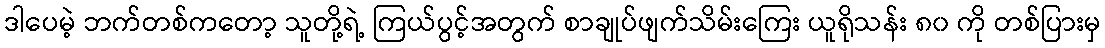
ဒါပေမဲ့ ဘက်တစ်ကတော့ သူတို့ရဲ့ ကြယ်ပွင့်အတွက် စာချုပ်ဖျက်သိမ်းကြေး ယူရိုသန်း ၈၀ ကို တစ်ပြားမှ